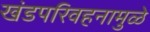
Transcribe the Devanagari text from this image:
खंडपरिवहनामुळे